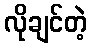
လိုချင်တဲ့